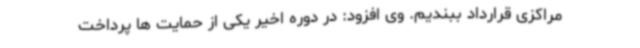
مراکزی قرارداد ببندیم. وی افزود: در دوره اخیر یکی از حمایت ها پرداخت